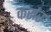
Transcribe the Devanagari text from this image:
कर्रार